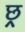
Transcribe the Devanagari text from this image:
छ्र